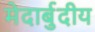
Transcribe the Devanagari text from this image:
मेदार्बुदीय